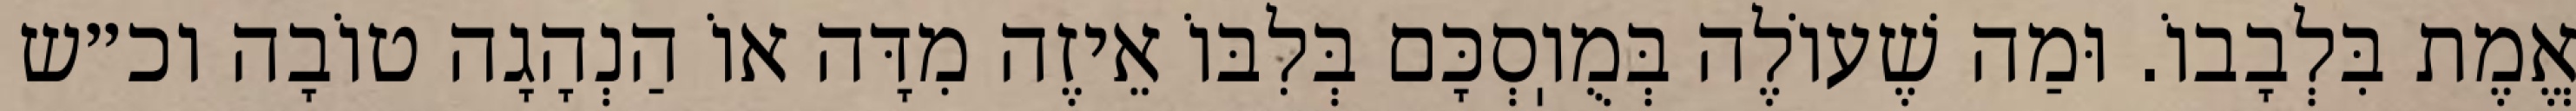
אֱמֶת בִּלְבָבוֹ. וּמַה שֶׁעוֹלֶה בְּמֻוֽסְכָּם בְּלִבּוֹ אֵיזֶה מִדָּה אוֹ הַנְהָגָה טוֹבָה וכ״ש